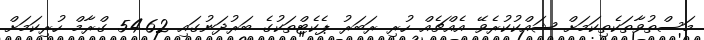
މަސްތުވާތަކެތިކަމަށް ޝައްކުކުރެވޭ އެއްޗެއް ހުރި ރަބަރު ޕެކެޓްތަކުގެ ބަރުދަނުގައި 54.62 ގްރާމް ހުރިކަމަށް